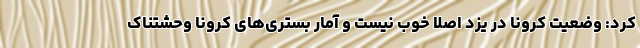
کرد: وضعیت کرونا در یزد اصلاً خوب نیست و آمار بستری‌های کرونا وحشتناک